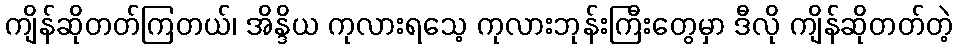
ကျိန်ဆိုတတ်ကြတယ်၊ အိန္ဒိယ ကုလားရသေ့ ကုလားဘုန်းကြီးတွေမှာ ဒီလို ကျိန်ဆိုတတ်တဲ့